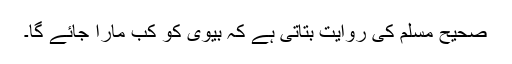
صحیح مسلم کی روایت بتاتی ہے کہ بیوی کو کب مارا جائے گا۔